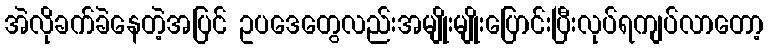
အဲလိုခက်ခဲနေတဲ့အပြင် ဥပဒေတွေလည်းအမျိုးမျိုးပြောင်းပြီးလုပ်ရကျပ်လာတော့